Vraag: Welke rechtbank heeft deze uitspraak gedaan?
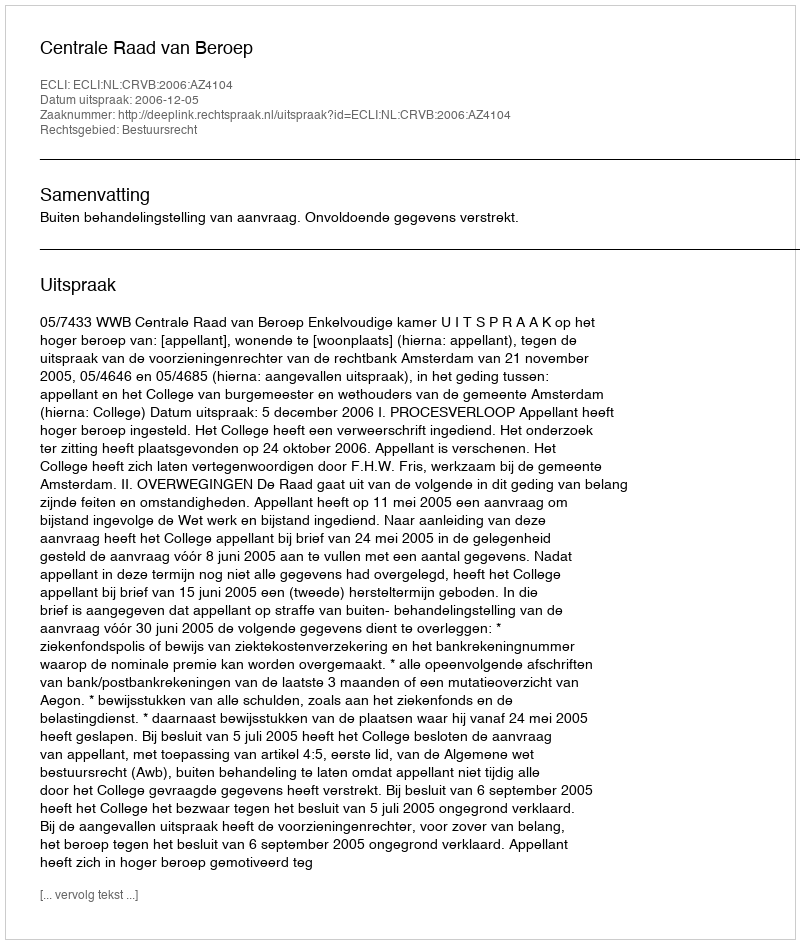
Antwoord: Centrale Raad van Beroep